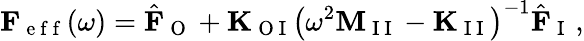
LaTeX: \mathbf{F}_{\mathrm{~e~f~f~}}(\omega)=\hat{\mathbf{F}}_{\mathrm{~O~}}+\mathbf{K}_{\mathrm{~O~I~}}\left(\omega^{2}\mathbf{M}_{\mathrm{~I~I~}}-\mathbf{K}_{\mathrm{~I~I~}}\right)^{-1}\hat{\mathbf{F}}_{\mathrm{~I~}}\, ,